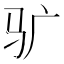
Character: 𱄾